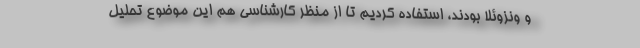
و ونزوئلا بودند، استفاده کردیم تا از منظر کارشناسی هم این موضوع تحلیل